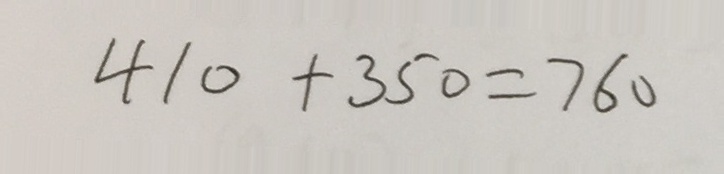
4 1 0 + 3 5 0 = 7 6 0